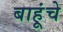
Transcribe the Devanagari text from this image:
बाहूंचे